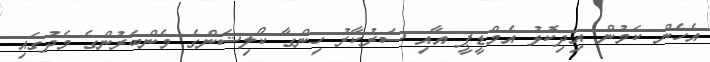
އެހެން ކަމުން އިދިކޮޅު އެމްޑީޕީ އާއި ސަރުކާރު ހިންގާ ކޯލިޝަންގެ މެންބަރުންގެ މެދުގައި